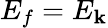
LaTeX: E_{f}=E_{\mathbf{k}}